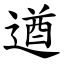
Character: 遒